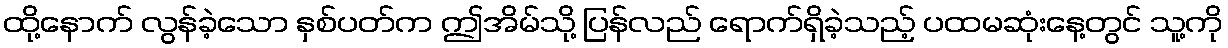
ထို့နောက် လွန်ခဲ့သော နှစ်ပတ်က ဤအိမ်သို့ ပြန်လည် ရောက်ရှိခဲ့သည့် ပထမဆုံးနေ့တွင် သူ့ကို